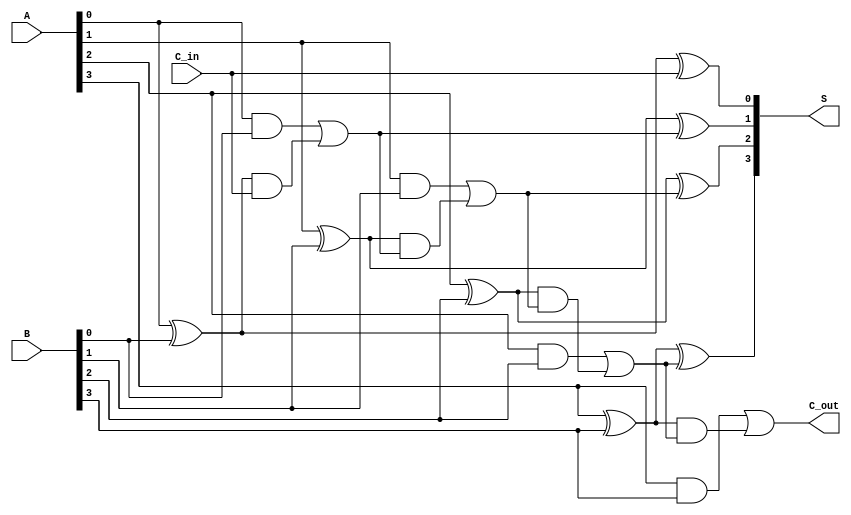
module ling_adder #(parameter N = 4) (
    input  wire [N-1:0] A,       // N-bit input A
    input  wire [N-1:0] B,       // N-bit input B
    input  wire C_in,            // Carry input
    output wire [N-1:0] S,       // N-bit sum output
    output wire C_out            // Carry output
);

    // Internal signals for carry generate and propagate
    wire [N-1:0] G; // Carry Generate
    wire [N-1:0] P; // Carry Propagate
    wire [N:0] C;   // Carry signals

    // Generate and Propagate logic
    genvar i;
    generate
        for (i = 0; i < N; i = i + 1) begin : gen_prop
            assign G[i] = A[i] & B[i];                // Generate
            assign P[i] = A[i] ^ B[i];                // Propagate
        end
    endgenerate

    // Carry signals calculation using lookahead logic
    assign C[0] = C_in; // Initial carry input
    generate
        for (i = 0; i < N; i = i + 1) begin : carry_logic
            assign C[i + 1] = G[i] | (P[i] & C[i]); // Carry-out for each bit
        end
    endgenerate

    // Sum calculation
    generate
        for (i = 0; i < N; i = i + 1) begin : sum_logic
            assign S[i] = P[i] ^ C[i]; // Sum output
        end
    endgenerate

    // Final carry output
    assign C_out = C[N]; // Final carry-out

endmodule